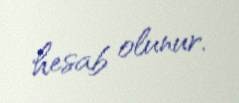
hesab olunur.